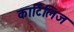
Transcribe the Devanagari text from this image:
कार्टिलिज